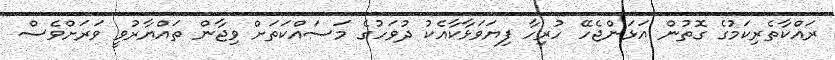
ރައްކާތެރިކަމުގެ ގޮތުން އަޅަންޖެހޭ ހުރިހާ ފިޔަވަޅާކާއެކު ދުވަހުގެ މަސައްކަތަށް ވިޖާން ތައްޔާރުވީ ވަރަށްވެސް